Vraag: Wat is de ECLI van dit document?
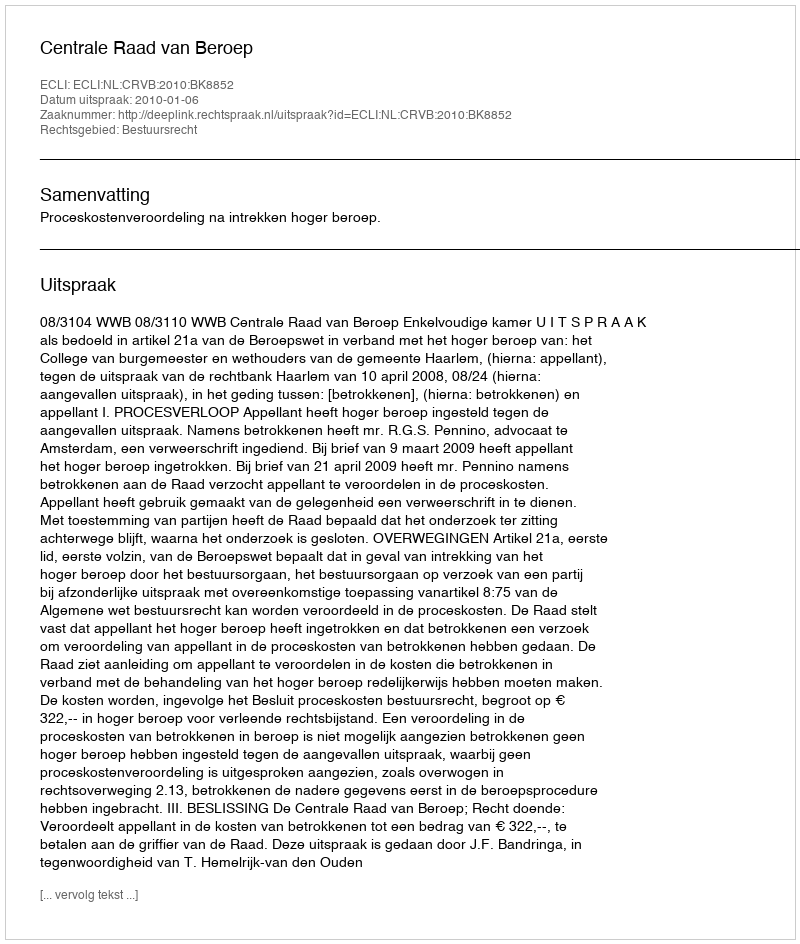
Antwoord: ECLI:NL:CRVB:2010:BK8852